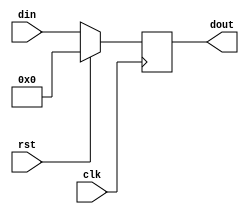
`timescale 1ns/1ps
// PCD
module pc (
    input wire clk,rst,
    input wire[31:0]din,
    output reg[31:0]dout
);
    always @(posedge clk) begin
        if(rst) dout <= 32'b0;
        else dout <= din;
    end
endmodule